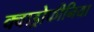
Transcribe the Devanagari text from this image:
क्वाड्रोफीनिया